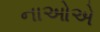
નાઓએ